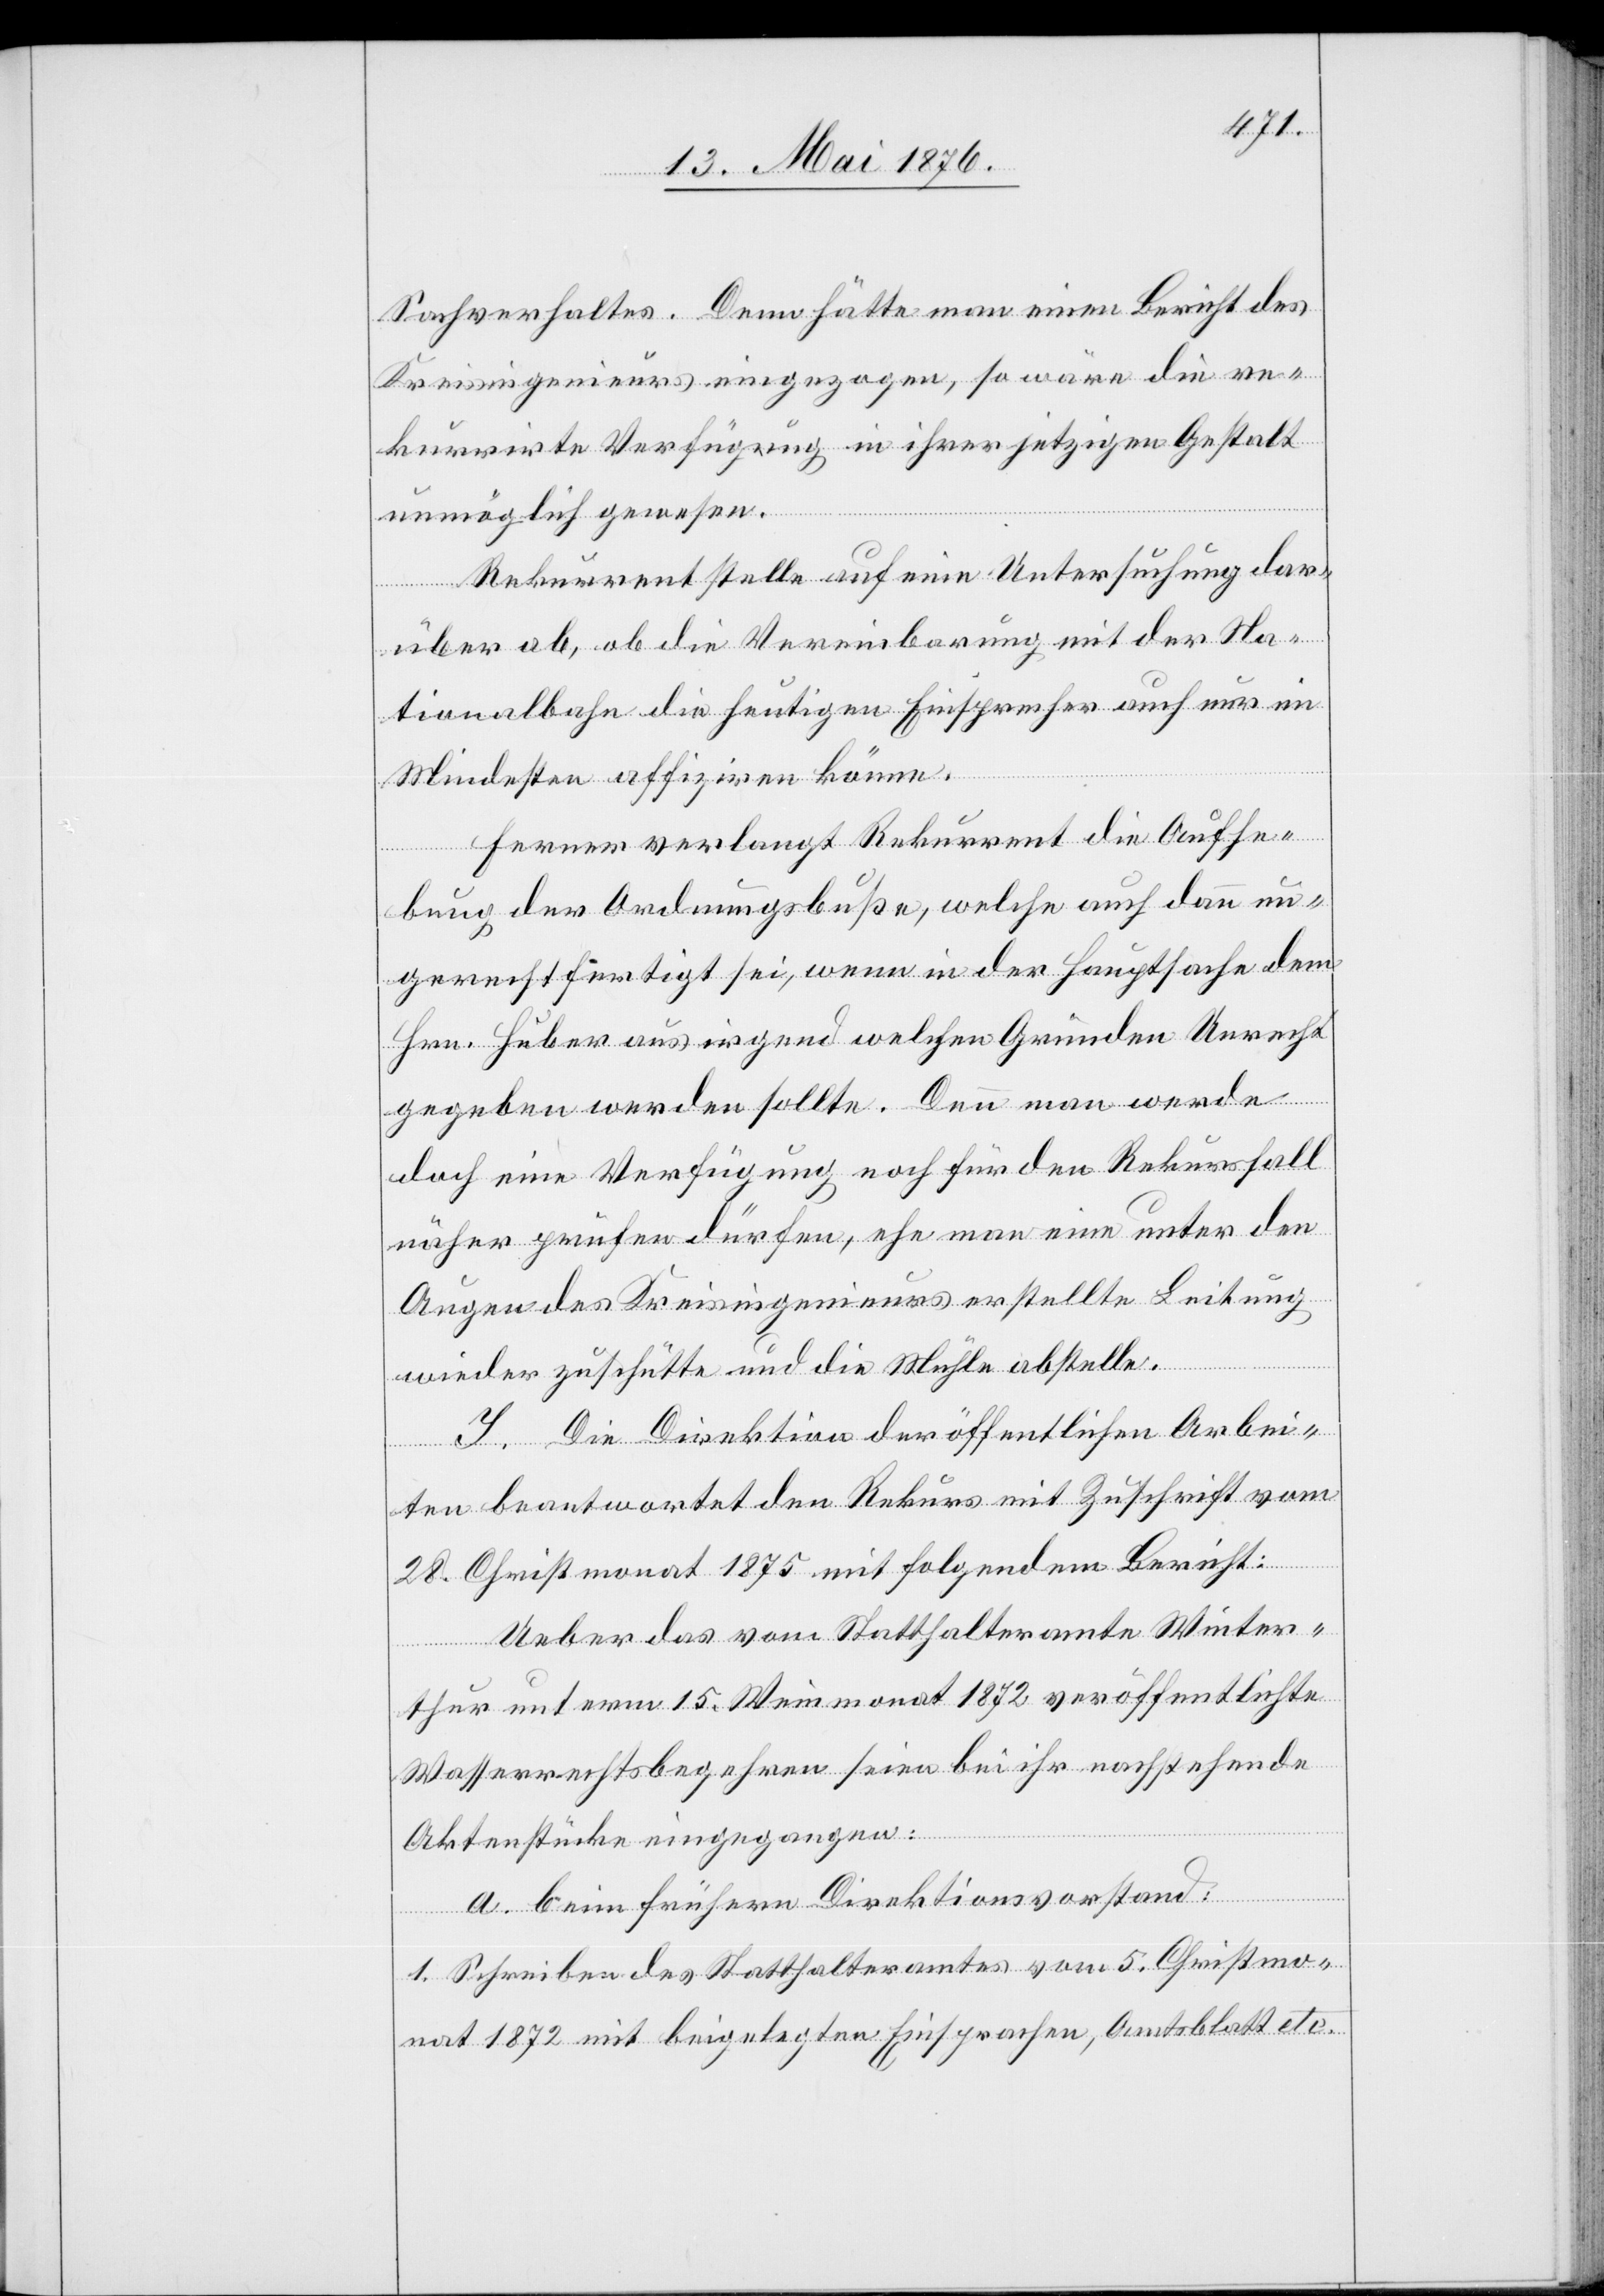
Sachverhaltes. Denn hätte man einen Bericht des
Kreisingenieurs eingezogen, so wäre die re¬
kurrirte Verfügung in ihrer jetzigen Gestalt
unmöglich gewesen.
Rekurrent stelle auf eine Untersuchung dar¬
über ab, ob die Vereinbarung mit der Na¬
tionalbahn die heutigen Einsprecher auch nur im
Mindesten affiziren könne.
Ferner verlangt Rekurrent die Aufhe¬
bung der Ordnungsbuße, welche auch dann un¬
gerechtfertigt sei, wenn in der Hauptsache dem
Hrn. Huber aus irgend welchen Gründen Unrecht
gegeben werden sollte. Denn man werde
doch eine Verfügung noch für den Rekursfall
näher prüfen dürfen, ehe man eine unter den
Augen des Kreisingenieurs erstellte Leitung
wieder zuschütte und die Mühle abstelle.
I. Die Direktion der öffentlichen Arbei¬
ten beantwortet den Rekurs mit Zuschrift vom
28. Christmonat 1875n mit folgendem Bericht:
Ueber das vom Statthalteramte Winter¬
thur unterm 15. Weinmonat 1872 veröffentlichte
Wasserrechtsbegehren seien bei ihr nachstehende
Aktenstücke eingegangen.
a. beim frühern Direktionsvorstand:
1. Schreiben des Statthalteramtes vom 5. Christmo¬
nat 1872 mit beigelegten Einsprachen, Amtsblatt etc.